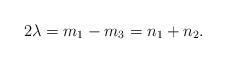
LaTeX: \begin{align*}2\lambda=m_1-m_3= n_1+n_2.\end{align*}